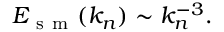
E _ { \mathrm { ~ s ~ m ~ } } ( k _ { n } ) \sim k _ { n } ^ { - 3 } .